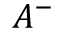
A ^ { - }